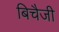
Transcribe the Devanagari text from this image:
बिचैजी